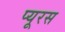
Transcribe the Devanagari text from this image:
प्यूरस